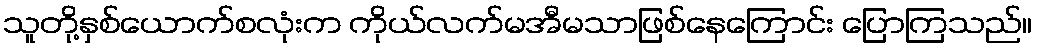
သူတို့နှစ်ယောက်စလုံးက ကိုယ်လက်မအီမသာဖြစ်နေကြောင်း ပြောကြသည်။